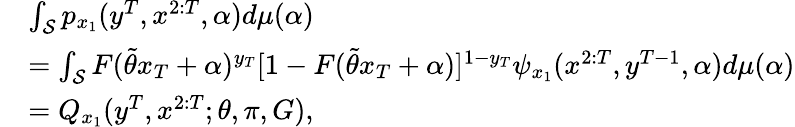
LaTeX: \begin{array}{rl}&{\int_{{\cal{S}}}p_{x_{1}}(y^{T},x^{2:T},\alpha)d\mu(\alpha)}\\ &{=\int_{{\cal{S}}}F(\widetilde{\theta}x_{T}+\alpha)^{y_{T}}[1-F(\widetilde{\theta}x_{T}+\alpha)]^{1-y_{T}}\psi_{x_{1}}(x^{2:T},y^{T-1},\alpha)d\mu(\alpha)}\\ &{=Q_{x_{1}}(y^{T},x^{2:T};\theta,\pi,G),}\end{array}